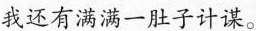
我还有满满一肚子计谋。